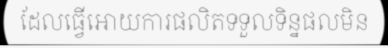
ដែលធ្វើអោយការផលិតទទួលទិន្នផលមិន